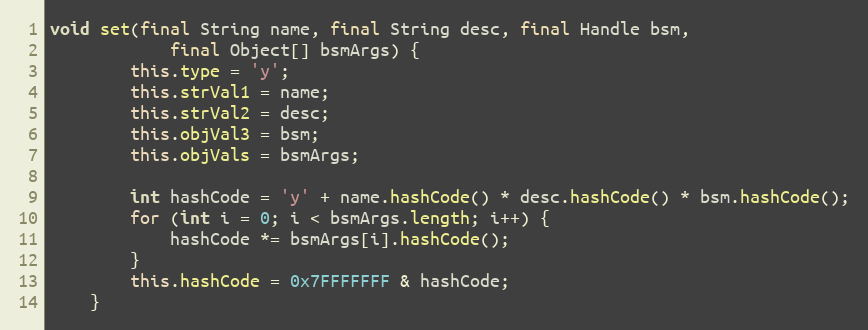
Language: Java
void set(final String name, final String desc, final Handle bsm,
            final Object[] bsmArgs) {
        this.type = 'y';
        this.strVal1 = name;
        this.strVal2 = desc;
        this.objVal3 = bsm;
        this.objVals = bsmArgs;

        int hashCode = 'y' + name.hashCode() * desc.hashCode() * bsm.hashCode();
        for (int i = 0; i < bsmArgs.length; i++) {
            hashCode *= bsmArgs[i].hashCode();
        }
        this.hashCode = 0x7FFFFFFF & hashCode;
    }